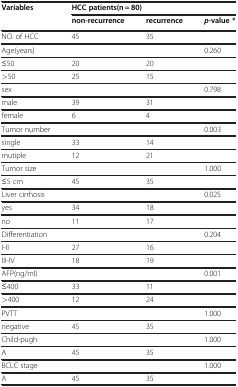
<table><thead><tr><td><b>Variables</b></td><td colspan="3"><b>HCC patients(n = 80)</b></td></tr><tr><td><b> </b></td><td><b>non-recurrence</b></td><td><b>recurrence</b></td><td><b><i>p</i>-value *</b></td></tr></thead><tbody><tr><td>NO. of HCC</td><td>45</td><td>35</td><td> </td></tr><tr><td>Age(years)</td><td> </td><td> </td><td>0.260</td></tr><tr><td>≤50</td><td>20</td><td>20</td><td> </td></tr><tr><td>&gt;50</td><td>25</td><td>15</td><td> </td></tr><tr><td>sex</td><td> </td><td> </td><td>0.798</td></tr><tr><td>male</td><td>39</td><td>31</td><td> </td></tr><tr><td>female</td><td>6</td><td>4</td><td> </td></tr><tr><td>Tumor number</td><td> </td><td> </td><td>0.003</td></tr><tr><td>single</td><td>33</td><td>14</td><td> </td></tr><tr><td>mutiple</td><td>12</td><td>21</td><td> </td></tr><tr><td>Tumor size</td><td> </td><td> </td><td>1.000</td></tr><tr><td>≤5 cm</td><td>45</td><td>35</td><td> </td></tr><tr><td>Liver cirrhosis</td><td> </td><td> </td><td>0.025</td></tr><tr><td>yes</td><td>34</td><td>18</td><td> </td></tr><tr><td>no</td><td>11</td><td>17</td><td> </td></tr><tr><td>Differentiation</td><td> </td><td> </td><td>0.204</td></tr><tr><td>I-II</td><td>27</td><td>16</td><td> </td></tr><tr><td>III-IV</td><td>18</td><td>19</td><td> </td></tr><tr><td>AFP(ng/ml)</td><td> </td><td> </td><td>0.001</td></tr><tr><td>≤400</td><td>33</td><td>11</td><td> </td></tr><tr><td>&gt;400</td><td>12</td><td>24</td><td> </td></tr><tr><td>PVTT</td><td> </td><td> </td><td>1.000</td></tr><tr><td>negative</td><td>45</td><td>35</td><td> </td></tr><tr><td>Child-pugh</td><td> </td><td> </td><td>1.000</td></tr><tr><td>A</td><td>45</td><td>35</td><td> </td></tr><tr><td>BCLC stage</td><td> </td><td> </td><td>1.000</td></tr><tr><td>A</td><td>45</td><td>35</td><td> </td></tr></tbody></table>